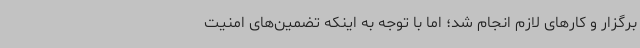
برگزار و کارهای لازم انجام شد؛ اما با توجه به اینکه تضمین‌های امنیت